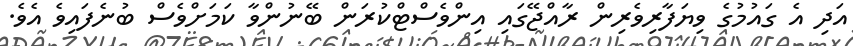
އަދި އެ ގައުމުގެ ވިޔަފާރިވެރިން ރާއްޖޭގައި އިންވެސްޓްކުރަން ބޭނުންވާ ކަމަށްވެސް ބުނެފައިވެ އެވެ.